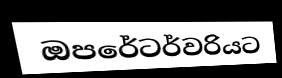
ඔපරේටර්වරියට